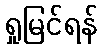
ရှုမြင်ရန်